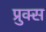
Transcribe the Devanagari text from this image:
प्रुक्स